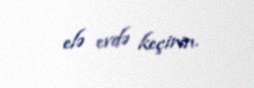
elə evdə keçirin.